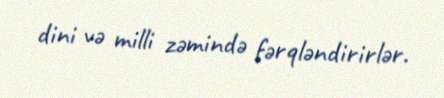
dini və milli zəmində fərqləndirirlər.